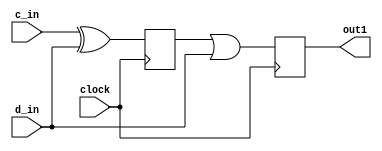
module 	d_3(clock, 
		c_in, 
		d_in, 
		out1);
input	clock;
input c_in;
input d_in;
output  out1;
reg     out1;
reg temp;
always @(posedge clock)
begin
	out1 <= temp | d_in;
	temp <= c_in ^ d_in;
end
endmodule